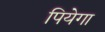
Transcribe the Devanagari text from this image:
पियेगा